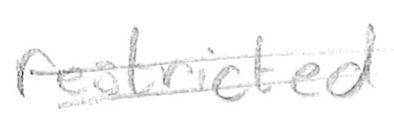
Text: restricted
Cross-out: double-line
Writing tool: pencil